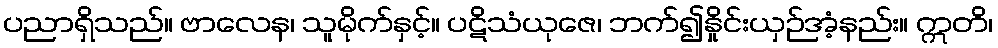
ပညာရှိသည်။ ဗာလေန၊ သူမိုက်နှင့်။ ပဋိသံယုဇေ၊ ဘက်၍နှိုင်းယှဉ်အံ့နည်း။ ဣတိ၊